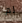
لم